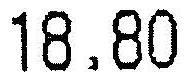
18.80